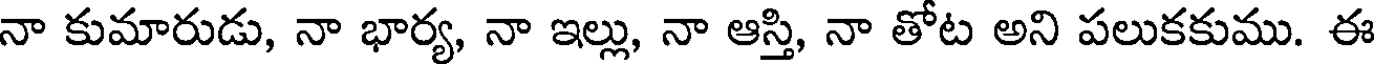
నా కుమారుడు, నా భార్య, నా ఇల్లు, నా ఆస్తి, నా తోట అని పలుకకుము. ఈ